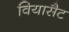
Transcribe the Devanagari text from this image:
वियासैट